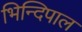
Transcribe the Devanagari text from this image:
भिन्दिपाल